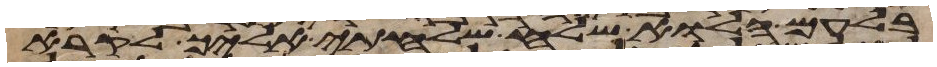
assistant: בלעם הלוא שלח שלחתי אליך לקרא